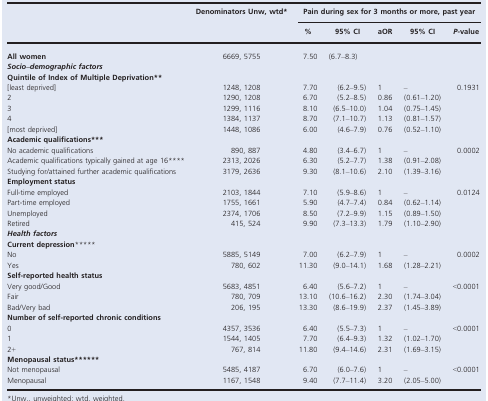
<table><thead><tr><td rowspan="2"></td><td rowspan="2"><b>Denominators Unw, wtda</b></td><td colspan="5"><b>Pain during sex for 3 months or more, past year</b></td></tr><tr><td><b>%</b></td><td><b>95% CI</b></td><td><b>aOR</b></td><td><b>95% CI</b></td><td><b><i>P</i>‐value</b></td></tr></thead><tbody><tr><td><b>All women</b></td><td>6669, 5755</td><td>7.50</td><td>(6.7–8.3)</td><td></td><td></td><td></td></tr><tr><td colspan="7"><b><i>Socio–demographic factors</i></b></td></tr><tr><td colspan="7"><b>Quintile of Index of Multiple Deprivation</b>b</td></tr><tr><td>[least deprived]</td><td>1248, 1208</td><td>7.70</td><td>(6.2–9.5)</td><td>1</td><td>–</td><td rowspan="5">0.1931</td></tr><tr><td>2</td><td>1290, 1208</td><td>6.70</td><td>(5.2–8.5)</td><td>0.86</td><td>(0.61–1.20)</td></tr><tr><td>3</td><td>1299, 1116</td><td>8.10</td><td>(6.5–10.0)</td><td>1.04</td><td>(0.75–1.45)</td></tr><tr><td>4</td><td>1384, 1137</td><td>8.70</td><td>(7.1–10.7)</td><td>1.13</td><td>(0.81–1.57)</td></tr><tr><td>[most deprived]</td><td>1448, 1086</td><td>6.00</td><td>(4.6–7.9)</td><td>0.76</td><td>(0.52–1.10)</td></tr><tr><td colspan="7"><b>Academic qualifications</b>c</td></tr><tr><td>No academic qualifications</td><td>890, 887</td><td>4.80</td><td>(3.4–6.7)</td><td>1</td><td>–</td><td rowspan="3">0.0002</td></tr><tr><td>Academic qualifications typically gained at age 16d</td><td>2313, 2026</td><td>6.30</td><td>(5.2–7.7)</td><td>1.38</td><td>(0.91–2.08)</td></tr><tr><td>Studying for/attained further academic qualifications</td><td>3179, 2636</td><td>9.30</td><td>(8.1–10.6)</td><td>2.10</td><td>(1.39–3.16)</td></tr><tr><td colspan="7"><b>Employment status</b></td></tr><tr><td>Full‐time employed</td><td>2103, 1844</td><td>7.10</td><td>(5.9–8.6)</td><td>1</td><td>–</td><td rowspan="4">0.0124</td></tr><tr><td>Part‐time employed</td><td>1755, 1661</td><td>5.90</td><td>(4.7–7.4)</td><td>0.84</td><td>(0.62–1.14)</td></tr><tr><td>Unemployed</td><td>2374, 1706</td><td>8.50</td><td>(7.2–9.9)</td><td>1.15</td><td>(0.89–1.50)</td></tr><tr><td>Retired</td><td>415, 524</td><td>9.90</td><td>(7.3–13.3)</td><td>1.79</td><td>(1.10–2.90)</td></tr><tr><td colspan="7"><b><i>Health factors</i></b></td></tr><tr><td colspan="7"><b>Current depression</b>e</td></tr><tr><td>No</td><td>5885, 5149</td><td>7.00</td><td>(6.2–7.9)</td><td>1</td><td>–</td><td rowspan="2">0.0002</td></tr><tr><td>Yes</td><td>780, 602</td><td>11.30</td><td>(9.0–14.1)</td><td>1.68</td><td>(1.28–2.21)</td></tr><tr><td colspan="7"><b>Self‐reported health status</b></td></tr><tr><td>Very good/Good</td><td>5683, 4851</td><td>6.40</td><td>(5.6–7.2)</td><td>1</td><td>–</td><td rowspan="3">&lt;0.0001</td></tr><tr><td>Fair</td><td>780, 709</td><td>13.10</td><td>(10.6–16.2)</td><td>2.30</td><td>(1.74–3.04)</td></tr><tr><td>Bad/Very bad</td><td>206, 195</td><td>13.30</td><td>(8.6–19.9)</td><td>2.37</td><td>(1.45–3.89)</td></tr><tr><td colspan="7"><b>Number of self‐reported chronic conditions</b></td></tr><tr><td>0</td><td>4357, 3536</td><td>6.40</td><td>(5.5–7.3)</td><td>1</td><td>–</td><td rowspan="3">&lt;0.0001</td></tr><tr><td>1</td><td>1544, 1405</td><td>7.70</td><td>(6.4–9.3)</td><td>1.32</td><td>(1.02–1.70)</td></tr><tr><td>2+</td><td>767, 814</td><td>11.80</td><td>(9.4–14.6)</td><td>2.31</td><td>(1.69–3.15)</td></tr><tr><td colspan="7"><b>Menopausal status</b>f</td></tr><tr><td>Not menopausal</td><td>5485, 4187</td><td>6.70</td><td>(6.0–7.6)</td><td>1</td><td>–</td><td rowspan="2">&lt;0.0001</td></tr><tr><td>Menopausal</td><td>1167, 1548</td><td>9.40</td><td>(7.7–11.4)</td><td>3.20</td><td>(2.05–5.00)</td></tr></tbody></table>